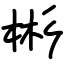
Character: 彬